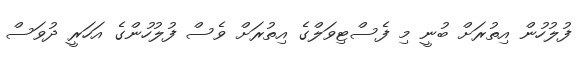
ފުލުހުން އިތުރަށް ބުނީ މި ފެސްޓިވަލްގެ އިތުރަށް ވެސް ފުލުހުންގެ އަހަރީ ދުވަސް